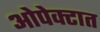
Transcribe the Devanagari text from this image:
ओपेक्टात